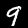
Label: 9